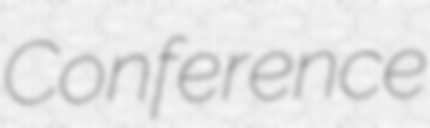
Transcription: Conference